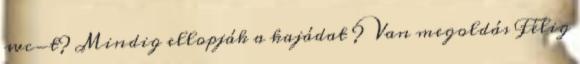
wc-t? Mindig ellopják a kajádat ? Van megoldás Félig